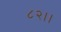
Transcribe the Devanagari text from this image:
८२।।